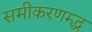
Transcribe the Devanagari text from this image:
समीकरणम्द्ध